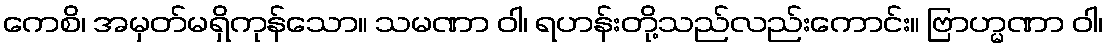
ကေစိ၊ အမှတ်မရှိကုန်သော။ သမဏာ ဝါ၊ ရဟန်းတို့သည်လည်းကောင်း။ ဗြာဟ္မဏာ ဝါ၊